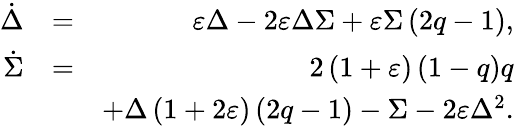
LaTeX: \begin{array}{rlr}{\dot{\Delta}}&{=}&{\varepsilon\Delta-2\varepsilon\Delta\Sigma+\varepsilon\Sigma\left(2q-1\right),}\\ {\dot{\Sigma}}&{=}&{2\left(1+\varepsilon\right)\left(1-q\right)q}\\ &{}&{+\Delta\left(1+2\varepsilon\right)\left(2q-1\right)-\Sigma-2\varepsilon\Delta^{2}.}\end{array}